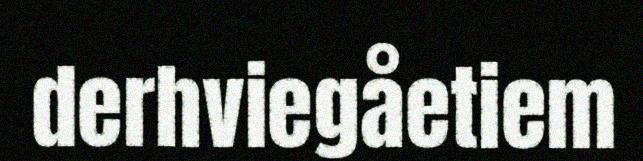
derhviegåetiem